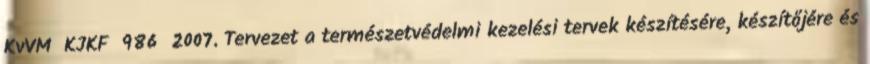
KvVM KJKF 986 2007. Tervezet a természetvédelmi kezelési tervek készítésére, készítőjére és